Annual report on the Civil Veterinary Department, Burma (including the Insein Veterinary School) - 1932-1941
Year: 1932
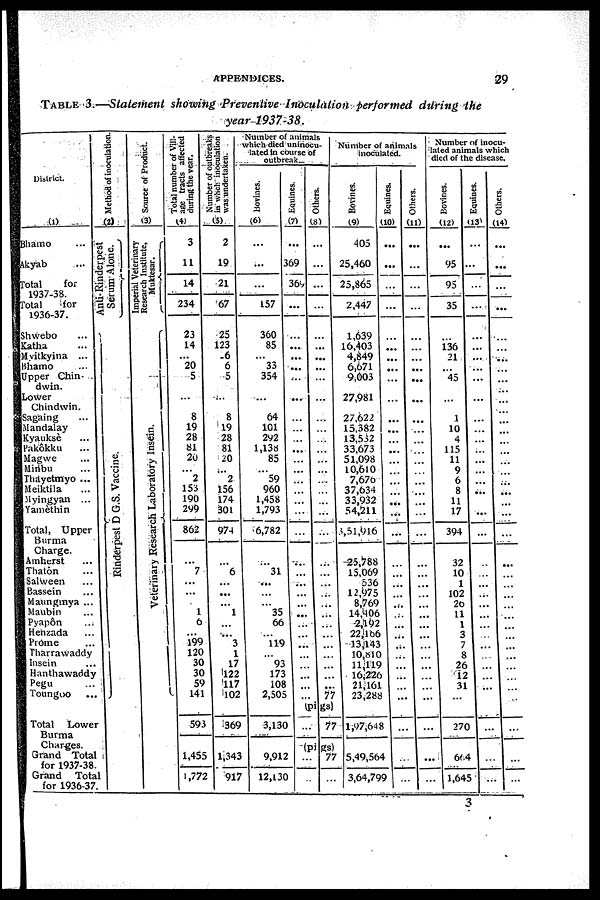
APPENDICES.
29
TABLE
3.— Statement
showing
Preventive
Inoculation
performed
during
the
year
1937-38.
District.
(1)
Bgamo ...
Akyab ...
Total
for
1937-38.
Total
for
1936-37.
Shwebo ...
Katha ...
Myitkyina ...
Bhamo ...
Upper Chin-
dwin.
Lower
Chindwin.
Sagaing ...
Mandalay
Kyauksè ...
Pakôkku ...
Magwe ...
Ninbu ...
Thayetmyo ...
Meiktila ...
Myingyan ...
Yatnèthin
Total, Upper
Burma
Charge.
Amherst ...
Thatôn ...
Salween ...
Bassein ...
Maungmya ...
Maubin ...
Pyapôn ...
Henzada ...
Prome ...
Tharrawaddy
Insein ...
Hanthawaddy
Pegu ...
Toungoo ...
Method of inoculation
(2)
Anti-Rinderpest
Serum Alone.
Rinderpest D G.S. Vaccine.
Total
Lower
Burma
Charges.
Grand Total
for 1937-38.
Grand
Total
for 1936-37.
Source of Product.
(3)
Imperial Veterinary
Research Institute,
Muktesar.
Veterinary Research Laboratory Insein.
Total number of Vill-
age tracts affected
during the year.
(4)
3
11
14
234
23
14
...
20
5
...
8
19
28
81
20
...
2
153
190
299
862
...
7
...
...
...
1
6
...
199
120
30
30
59
141
593
1,455
1,772
Number of outbreaks
in which inoculation
was undertaken.
(5)
2
19
21
67
25
123
6
6
5
...
8
19
28
81
20
...
2
156
174
301
974
...
6
...
...
...
1
...
...
3
1
17
122
117
102
369
1,343
917
Number of animals
which died uninocu-
lated in course of
outbreaks
Bovines.
(6)
...
...
...
157
360
85
...
33
354
...
64
101
292
1,138
85
...
59
960
1,458
1,793
6,782
...
31
...
...
...
35
66
...
119
...
93
173
108
2,505
3,130
9,912
12,130
Equines.
(7)
...
369
369
...
...
...
...
...
...
...
...
...
...
...
...
...
...
...
...
...
...
...
...
...
...
...
...
...
...
...
...
...
...
...
...
Others.
(8)
...
...
...
...
...
...
...
...
...
...
...
...
...
...
...
...
...
...
...
...
...
...
...
...
...
...
...
...
...
...
...
...
...
...
77
(pigs)
...
77
(pigs)
...
...
77
...
Number of animals
inoculated.
Bovines.
(9)
405
25,460
25,865
2,447
1,639
16,403
4,849
6,671
9,003
27,981
27,622
15,382
13,532
33,673
51,098
10,610
7,67o
37,634
33,932
54,211
3,51,916
-25,788
15,069
536
12,975
8,769
14,406
-2,192
22,166
13,143
10,810
11,119
16,226
21,161
23,288
1,97,648
5,49,564
3,64,799
Equines.
(10)
...
...
...
...
...
...
...
...
...
...
...
...
...
...
...
...
...
...
...
...
...
...
...
...
...
...
...
...
...
...
...
...
...
...
...
...
...
...
Others.
(11)
...
...
...
...
...
...
...
...
...
...
...
...
...
...
...
...
...
...
...
...
...
...
...
...
...
...
...
...
...
...
...
...
...
...
...
...
...
...
Number of inocu-
led animals which
died of the disease.
Bovines.
(12)
...
95
95
35
...
136
21
...
45
...
1
10
4
115
11
9
6
8
11
17
394
32
10
1
102
26
11
1
3
7
8
26
12
31
...
270
664
1,645
Equines.
(13)
...
...
...
...
...
...
...
...
...
...
...
...
...
...
...
...
...
...
...
...
...
...
...
...
...
...
...
...
...
...
...
...
...
...
...
...
...
...
Others.
(14)
...
...
...
...
...
...
...
...
...
...
...
...
...
...
...
...
...
...
...
...
...
...
...
...
...
...
...
...
...
...
...
...
...
...
...
...
...
...
3